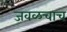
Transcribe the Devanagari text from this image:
जवळचाच